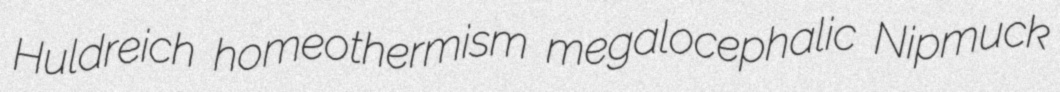
Huldreich homeothermism megalocephalic Nipmuck